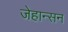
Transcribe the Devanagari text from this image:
जेहान्सन